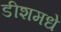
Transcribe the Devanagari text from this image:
डीशमधे